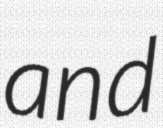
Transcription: and